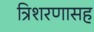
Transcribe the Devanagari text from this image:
त्रिशरणासह